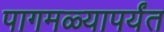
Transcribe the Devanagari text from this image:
पागमळ्यापर्यंत